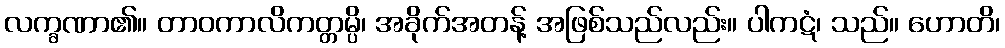
လက္ခဏာ၏။ တာဝကာလိကတ္တမ္ပိ၊ အခိုက်အတန့် အဖြစ်သည်လည်း။ ပါကဋံ၊ သည်။ ဟောတိ၊